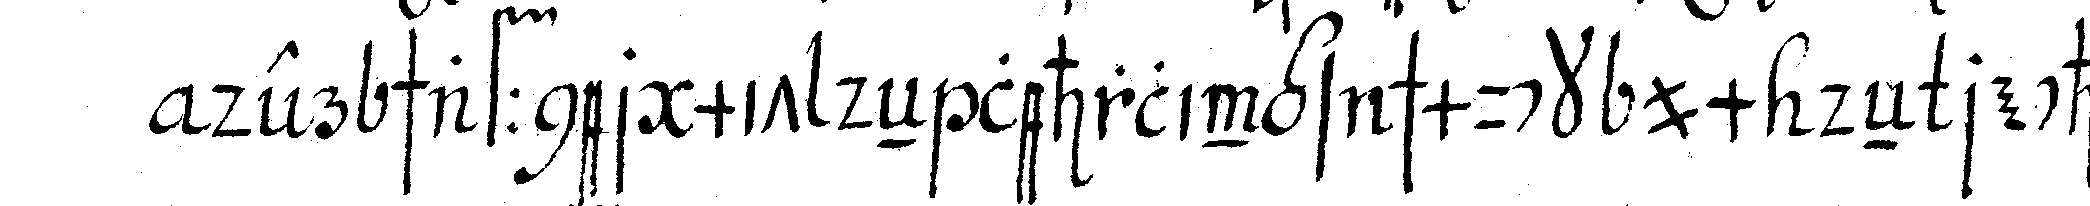
der schaffner mit deN lehrlings schmuck um deN rechteN